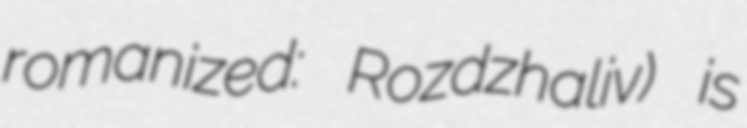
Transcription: romanized: Rozdzhaliv) is